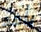
يأخد